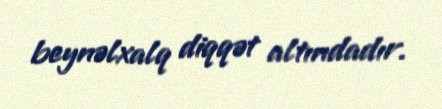
beynəlxalq diqqət altındadır.